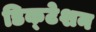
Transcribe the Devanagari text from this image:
डिक्‍टेशन